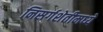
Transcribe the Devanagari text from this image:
निसर्गशेतीमध्ये